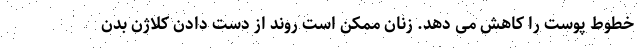
خطوط پوست را کاهش می دهد. زنان ممکن است روند از دست دادن کلاژن بدن